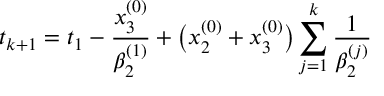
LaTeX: t _ { k + 1 } = t _ { 1 } - \frac { x _ { 3 } ^ { ( 0 ) } } { \beta _ { 2 } ^ { ( 1 ) } } + \bigl ( x _ { 2 } ^ { ( 0 ) } + x _ { 3 } ^ { ( 0 ) } \bigr ) \sum _ { j = 1 } ^ { k } \frac { 1 } { \beta _ { 2 } ^ { ( j ) } }